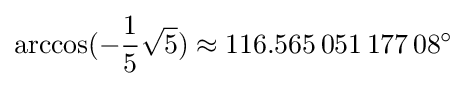
\arccos(-{\frac {1}{5}}{\sqrt {5}})\approx 116.565\,051\,177\,08^{\circ }